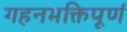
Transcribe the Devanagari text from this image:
गहनभक्तिपूर्ण